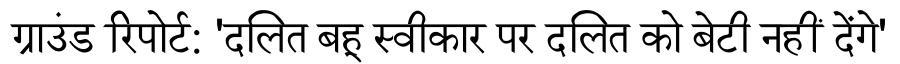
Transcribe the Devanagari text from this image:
ग्राउंड रिपोर्ट: 'दलित बहू स्वीकार पर दलित को बेटी नहीं देंगे'